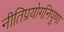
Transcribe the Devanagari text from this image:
नीतिप्रयोगनिपुणा